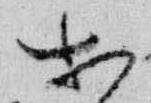
等